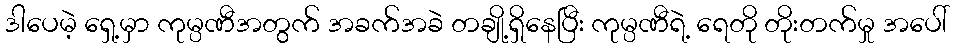
ဒါပေမဲ့ ရှေ့မှာ ကုမ္ပဏီအတွက် အခက်အခဲ တချို့ရှိနေပြီး ကုမ္ပဏီရဲ့ ရေတို တိုးတက်မှု အပေါ်